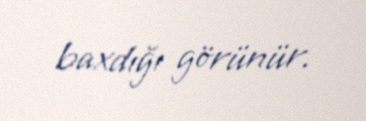
baxdığı görünür.